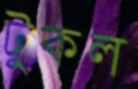
টুকল